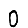
Digit: 0